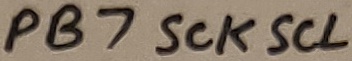
Text: PB7 SCK SCL